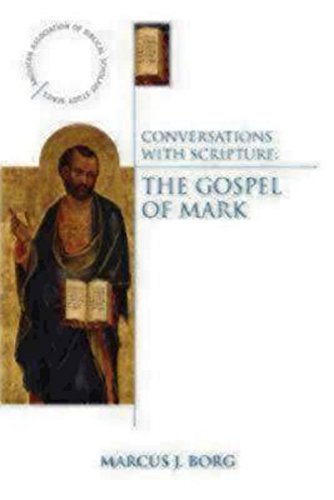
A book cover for Conversations with Scripture - The Gospel of Mark (Anglican Association of Biblical Scholars Study); Marcus J. Borg; Christian Books & Bibles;